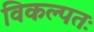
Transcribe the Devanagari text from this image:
विकल्पतः